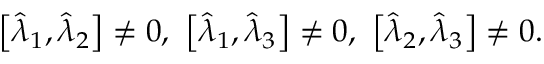
\begin{array} { r } { \left[ \hat { \lambda } _ { 1 } , \hat { \lambda } _ { 2 } \right] \neq 0 , \ \left[ \hat { \lambda } _ { 1 } , \hat { \lambda } _ { 3 } \right] \neq 0 , \ \left[ \hat { \lambda } _ { 2 } , \hat { \lambda } _ { 3 } \right] \neq 0 . } \end{array}